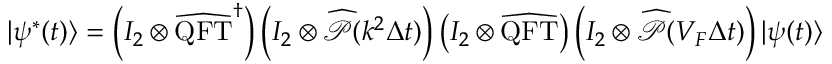
| \psi ^ { * } ( t ) \rangle = \left( I _ { 2 } \otimes \widehat { \mathrm { Q F T } } ^ { \dag } \right) \left( I _ { 2 } \otimes \widehat { \mathcal { P } } ( k ^ { 2 } \Delta t ) \right) \left( I _ { 2 } \otimes \widehat { \mathrm { Q F T } } \right) \left( I _ { 2 } \otimes \widehat { \mathcal { P } } ( V _ { F } \Delta t ) \right) | \psi ( t ) \rangle